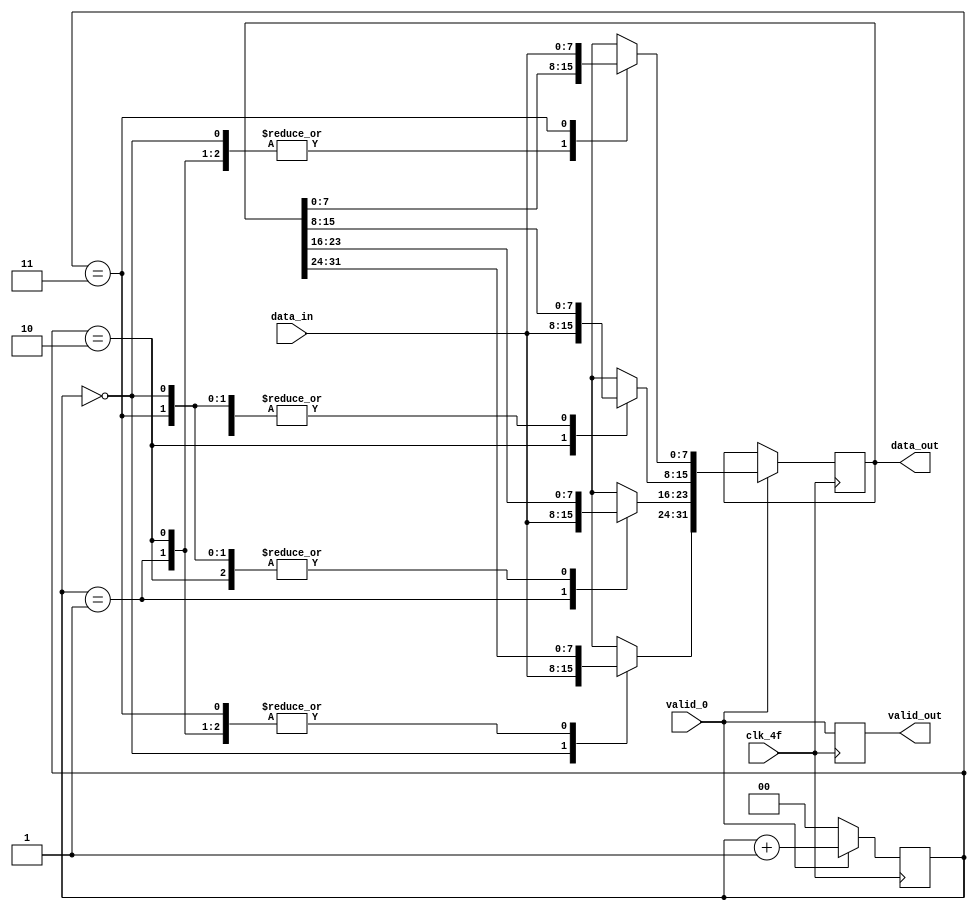
//Fecha: 04-10-2021
//Convertidor de 8 bits a 32 bits
//Version 1.0 

module conv_8_32 (input clk_4f, //senal de reloj
    input valid_0, //bit de entrada de validez
    input [7:0] data_in, //entrada de 32 bits
    output reg [31:0] data_out,//salida de 8 bits
    output reg valid_out); //bit de salida de validez

    reg [1:0] contador = 2'b00;//contador

    always @(posedge clk_4f) begin
    if (valid_0 == 1) begin
      case (contador)
        2'b00: data_out[31:24] = data_in;
        2'b01: data_out[23:16] = data_in;
        2'b10: data_out[15:8] = data_in;
        2'b11: data_out[7:0] = data_in;
        default: data_out = 8'h00;
      endcase
      contador <= contador + 1;
      valid_out <= valid_0;
      end
    else begin
        valid_out <= valid_0;
        contador = 2'b00;
    end
    end

endmodule